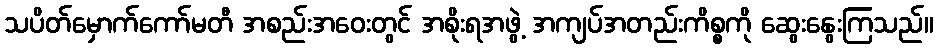
သပိတ်မှောက်ကော်မတီ အစည်းအဝေးတွင် အစိုးရအဖွဲ့ အကျပ်အတည်းကိစ္စကို ဆွေးနွေးကြသည်။